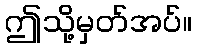
ဤသို့မှတ်အပ်။